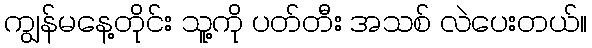
ကျွန်မနေ့တိုင်း သူ့ကို ပတ်တီး အသစ် လဲပေးတယ်။